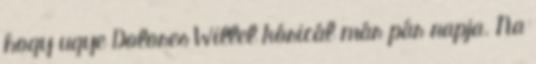
hogy ugye Dolores Willel kóricál már pár napja. Na